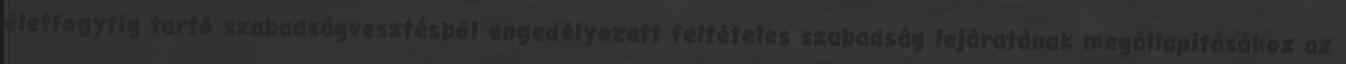
életfogytig tartó szabadságvesztésből engedélyezett feltételes szabadság lejáratának megállapításához az